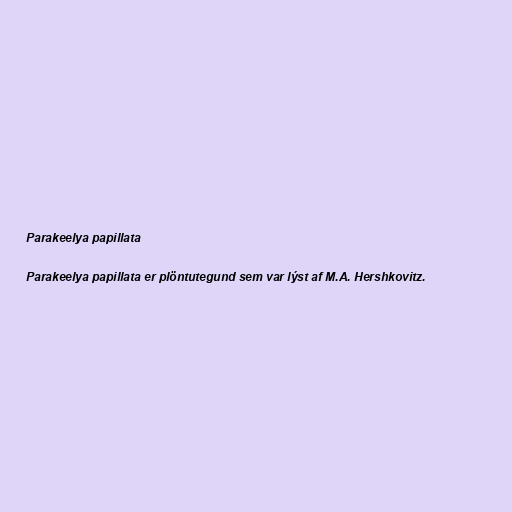
Parakeelya papillata

Parakeelya papillata er plöntutegund sem var lýst af M.A. Hershkovitz.